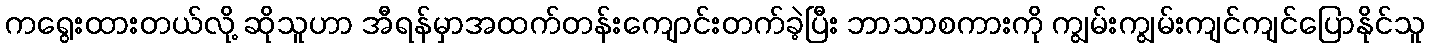
ကရွေးထားတယ်လို့ ဆိုသူဟာ အီရန်မှာအထက်တန်းကျောင်းတက်ခဲ့ပြီး ဘာသာစကားကို ကျွမ်းကျွမ်းကျင်ကျင်ပြောနိုင်သူ